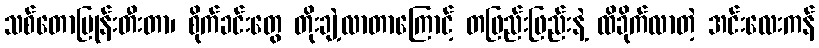
သစ်တောပြုန်းတီးတာ၊ စိုက်ခင်းတွေ တိုးချဲ့လာတာကြောင့် တဖြည်းဖြည်းနဲ့ ထိခိုက်လာတဲ့ အင်းလေးကန်